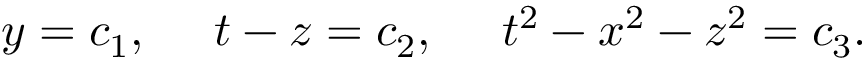
y = c _ { 1 } , ~ ~ ~ ~ t - z = c _ { 2 } , ~ ~ ~ ~ t ^ { 2 } - x ^ { 2 } - z ^ { 2 } = c _ { 3 } .